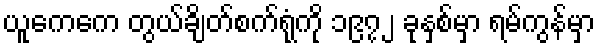
ယူကေကေ တွယ်ချိတ်စက်ရုံကို ၁၉၇၂ ခုနှစ်မှာ ရမ်ကွန်မှာ